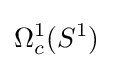
\Omega _{c}^{1}(S^{1})